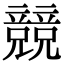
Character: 競